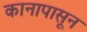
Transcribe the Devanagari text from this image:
कानापासून